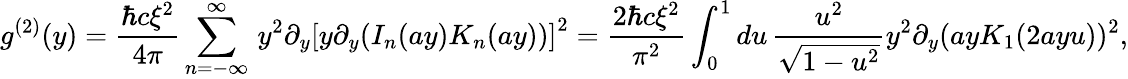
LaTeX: g^{(2)}(y)=\frac{\hbar c\xi^{2}}{4\pi}\sum_{n=-\infty}^{\infty}\, y^{2}\partial_{y}\left[y{{\partial}_{y}}(I_{n}(ay)K_{n}(ay))\right]^{2}=\frac{2\hbar c\xi^{2}}{\pi^{2}}\int_{0}^{1}du\, \frac{u^{2}}{\sqrt{1-u^{2}}}y^{2}{{\partial}_{y}}(ayK_{1}(2ayu))^{2},